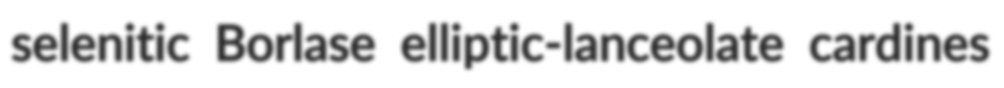
selenitic Borlase elliptic-lanceolate cardines